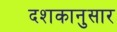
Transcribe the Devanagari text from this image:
दशकानुसार